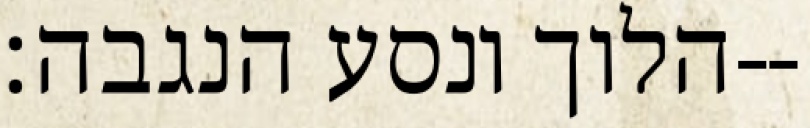
הלוך ונסע הנגבה׃--